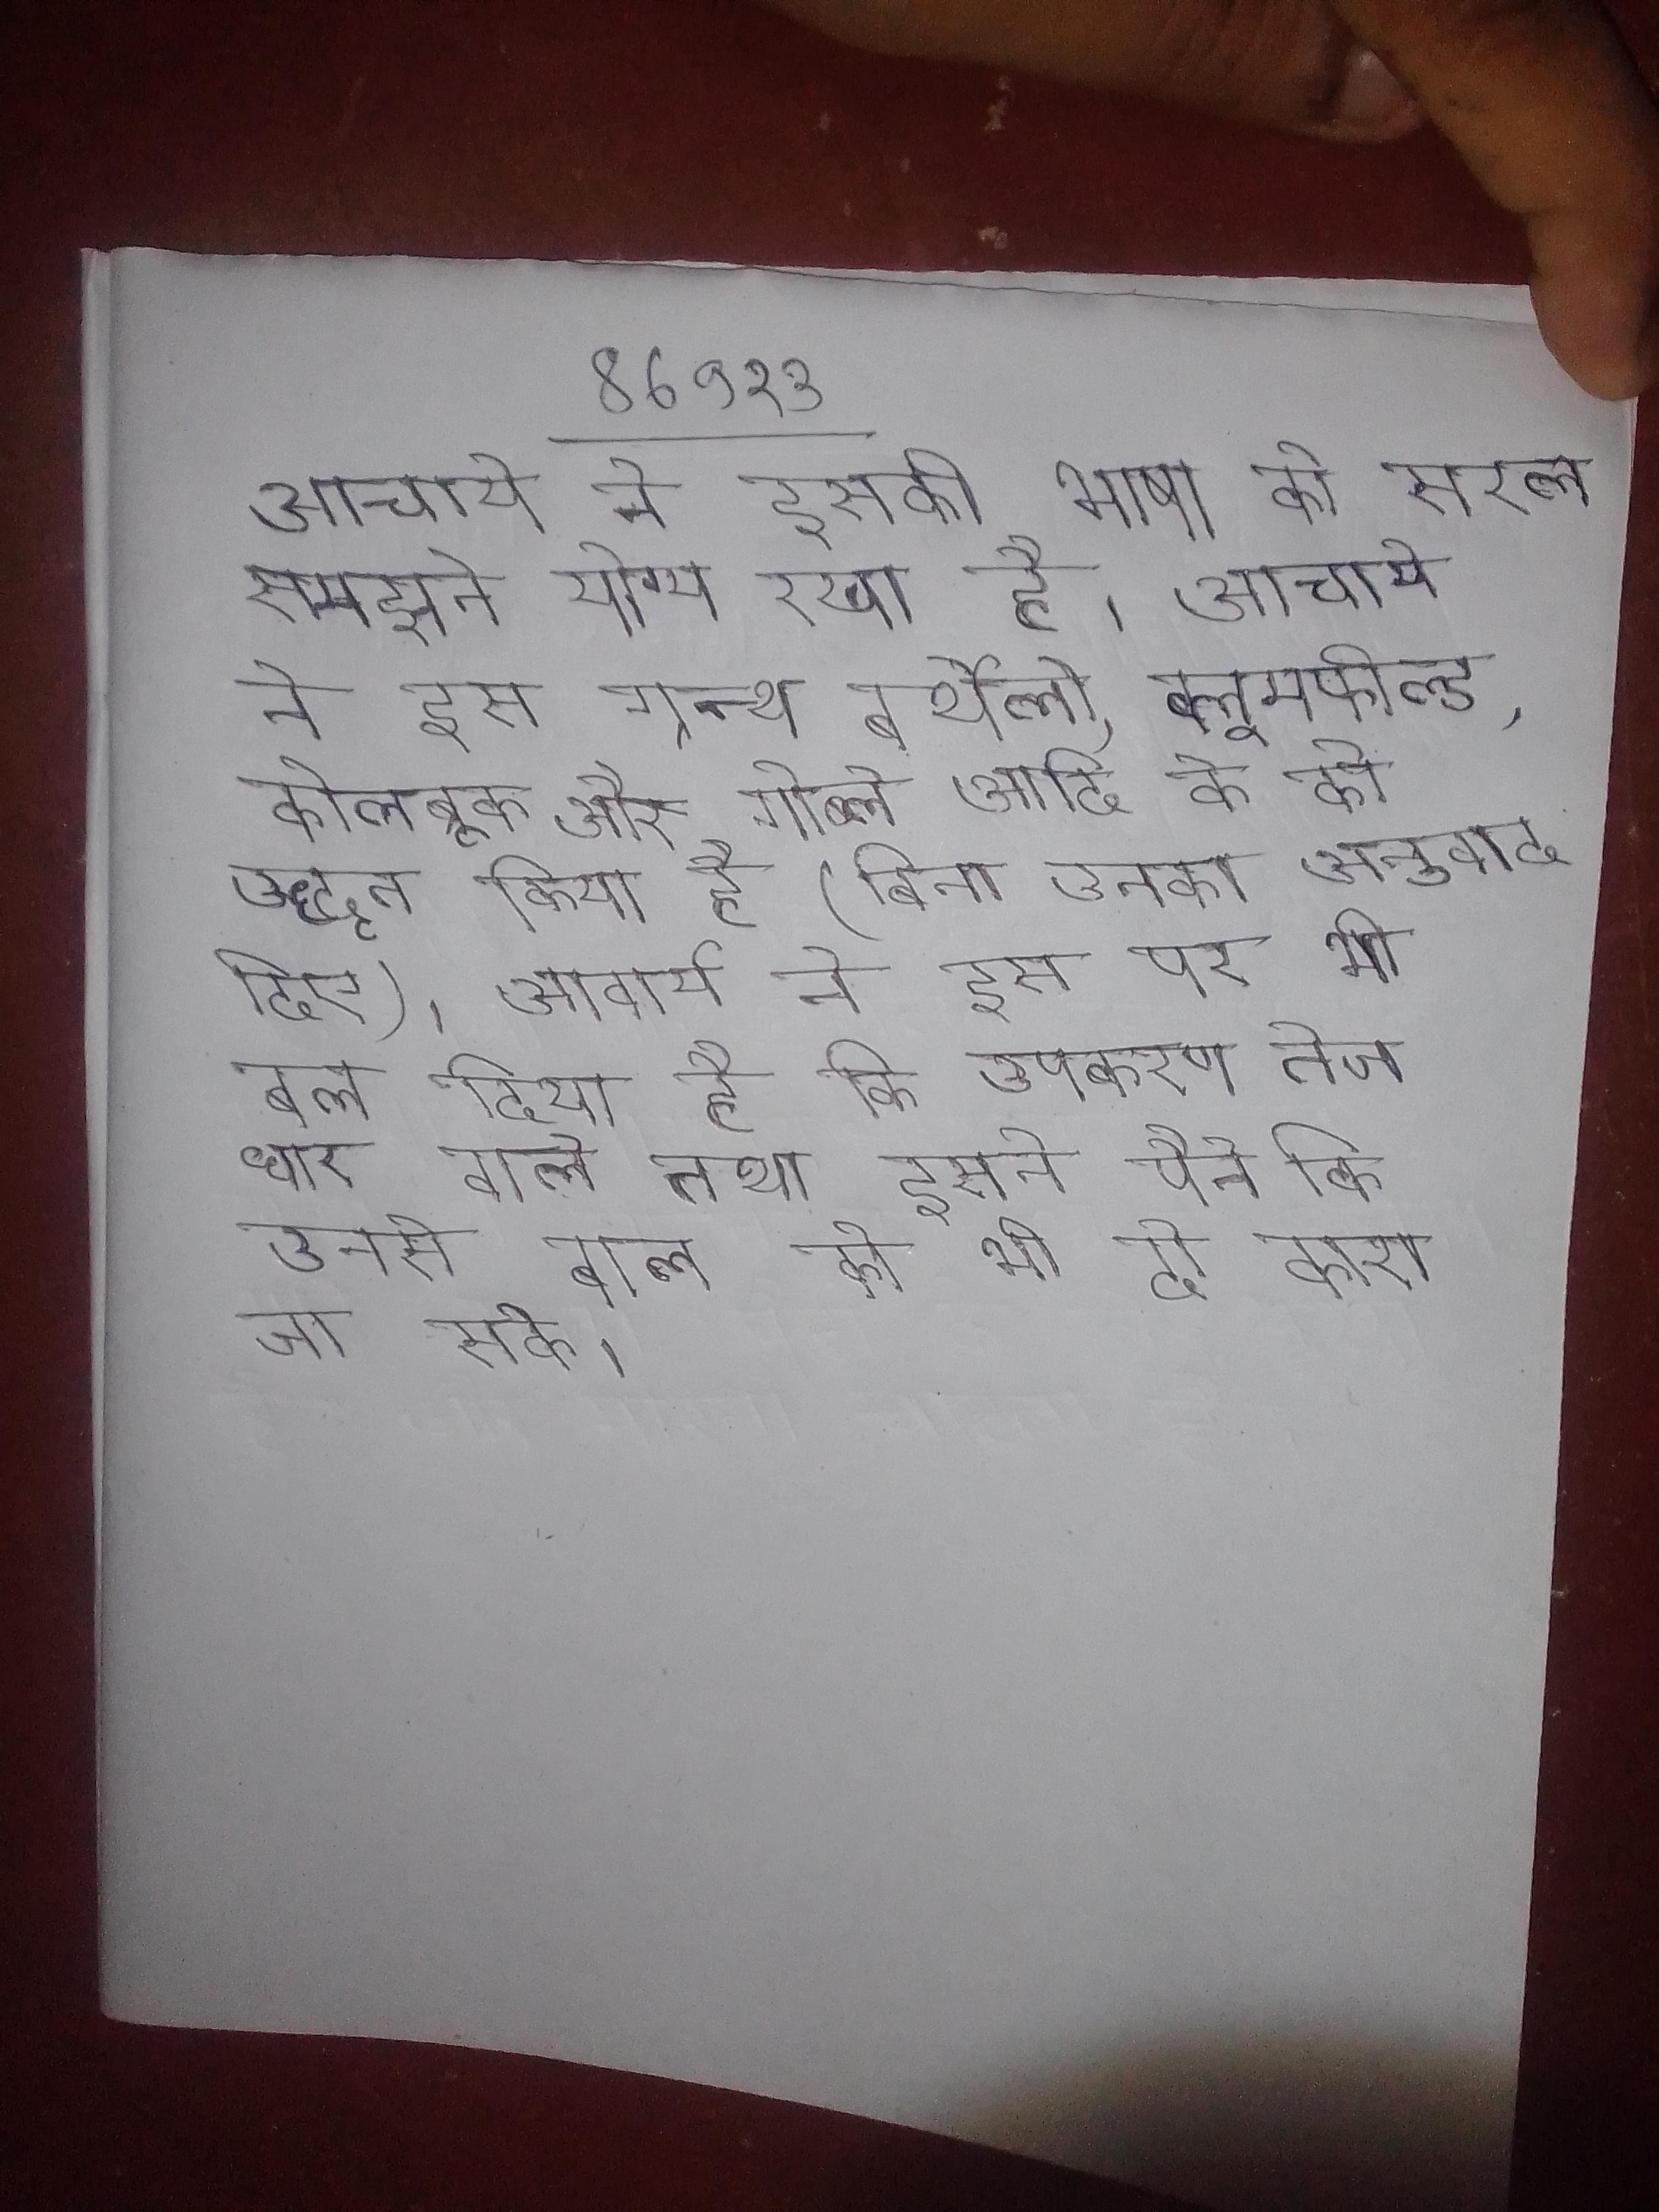
आचार्य ने इसकी भाषा को सरल समझने योग्य रखा है । आचार्य ने इस ग्रन्थ बर्थेलो, ब्लूमफील्ड, कोलब्रूक और गोब्ले आदि के को उद्धृत किया है (बिना उनका अनुवाद दिए) । आचार्य ने इस पर भी बल दिया है कि उपकरण तेज धार वाले तथा इतने पैने कि उनसे बाल को भी दो काटा जा सके ।